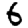
Digit: 6